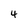
Character: 4